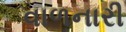
વાળનારી